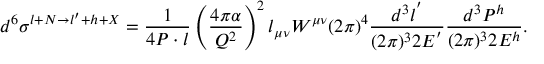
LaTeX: d ^ { 6 } \sigma ^ { l + N \rightarrow l ^ { \prime } + h + X } = \frac { 1 } { 4 P \cdot { l } } \left( \frac { 4 \pi \alpha } { Q ^ { 2 } } \right) ^ { 2 } l _ { \mu \nu } W ^ { \mu \nu } ( 2 \pi ) ^ { 4 } \frac { d ^ { 3 } l ^ { ' } } { ( 2 \pi ) ^ { 3 } 2 E ^ { ' } } \frac { d ^ { 3 } P ^ { h } } { ( 2 \pi ) ^ { 3 } 2 E ^ { h } } .